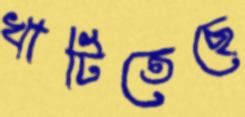
খাটিতেছে